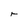
Character: r